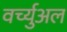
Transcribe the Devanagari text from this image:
वर्च्युअल